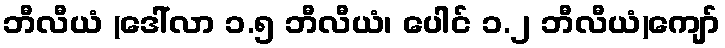
ဘီလီယံ (ဒေါ်လာ ၁.၅ ဘီလီယံ၊ ပေါင် ၁.၂ ဘီလီယံ)ကျော်